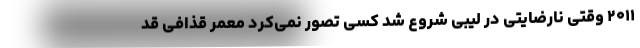
۲۰۱۱ وقتی نارضایتی در لیبی شروع شد کسی تصور نمی‌کرد معمر قذافی قد